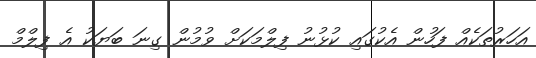
އަހަރުތަކެއް ފަހުން އެކުގައި ކުޅުނު ފިލްމަކަށް ވުމުން ގިނަ ބަޔަކު އެ ފިލްމް